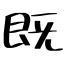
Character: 既